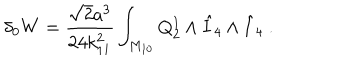
LaTeX: \delta _ { 0 } W = { \frac { \sqrt 2 a ^ { 3 } } { 2 4 k _ { 1 1 } ^ { 2 } } } \int _ { M _ { 1 0 } } Q _ { 2 } ^ { 1 } \wedge { \hat { I } } _ { 4 } \wedge { \hat { I } } _ { 4 } \ .